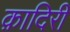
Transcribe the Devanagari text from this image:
क़ादिरी